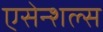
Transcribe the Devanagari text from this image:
एसेन्शल्स